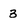
Character: 3